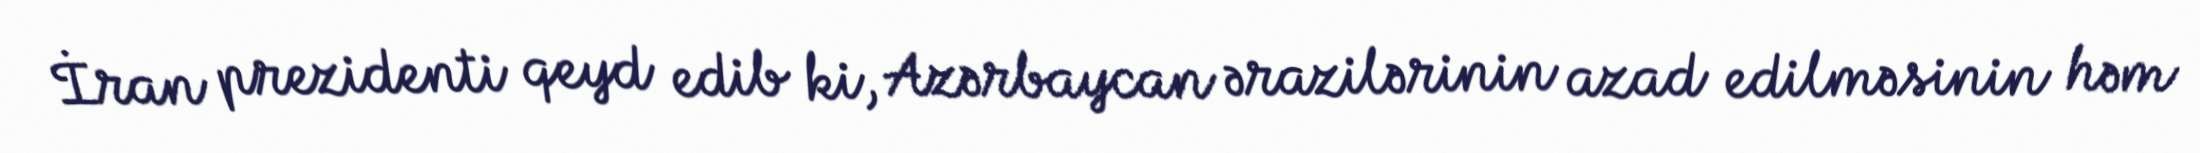
İran prezidenti qeyd edib ki, Azərbaycan ərazilərinin azad edilməsinin həm